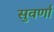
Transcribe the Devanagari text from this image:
सुवर्णां